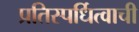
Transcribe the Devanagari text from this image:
प्रतिस्पर्धित्वाची